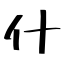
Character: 什